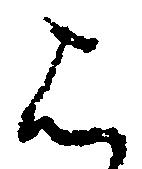
は